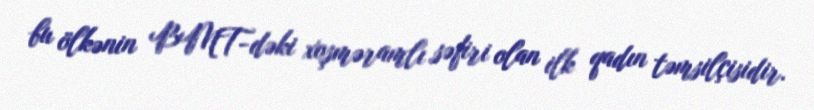
bu ölkənin BMT-dəki xoşməramlı səfiri olan ilk qadın təmsilçisidir.